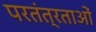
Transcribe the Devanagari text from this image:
परतंत्रताओं